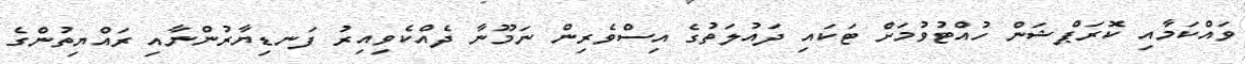
ވައްކަމާއި ކޮރަޕްޝަން ހުއްޓުވުމަށް ޓަކައި ދައުލަތުގެ އިސްވެރިން ނަމޫނާ ދެއްކެވިއިރު ފަނޑިޔާރުންނާއި ރައްޔިތުންގެ